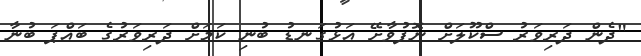
"ދެން ދަރިވަރު ސްކޫލަށް ނޮފުވާށޭ އަޅުގަނޑު ބުނި ކަމަށް ދަރިވަރުގެ ބައްޕަ ބުނާ